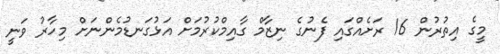
މީގެ އިތުރުން 16 ރަށެއްގައި ފެނުގެ ނިޒާމް ގާއިމްކުރުމަށް އަޅުގަނޑުމެންނަށް މިހާރު ވަނީ